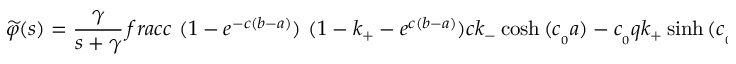
{ \widetilde { \varphi } } ( s ) = \frac { \gamma } { s + \gamma } \, f r a c { c \ ( 1 - e ^ { - c ( b - a ) } ) \ ( 1 - k _ { + } - e ^ { c ( b - a ) } ) } { c k _ { - } \cosh { ( c _ { _ 0 } a ) } - c _ { _ 0 } q k _ { + } \sinh { ( c _ { _ 0 } a ) } } ,